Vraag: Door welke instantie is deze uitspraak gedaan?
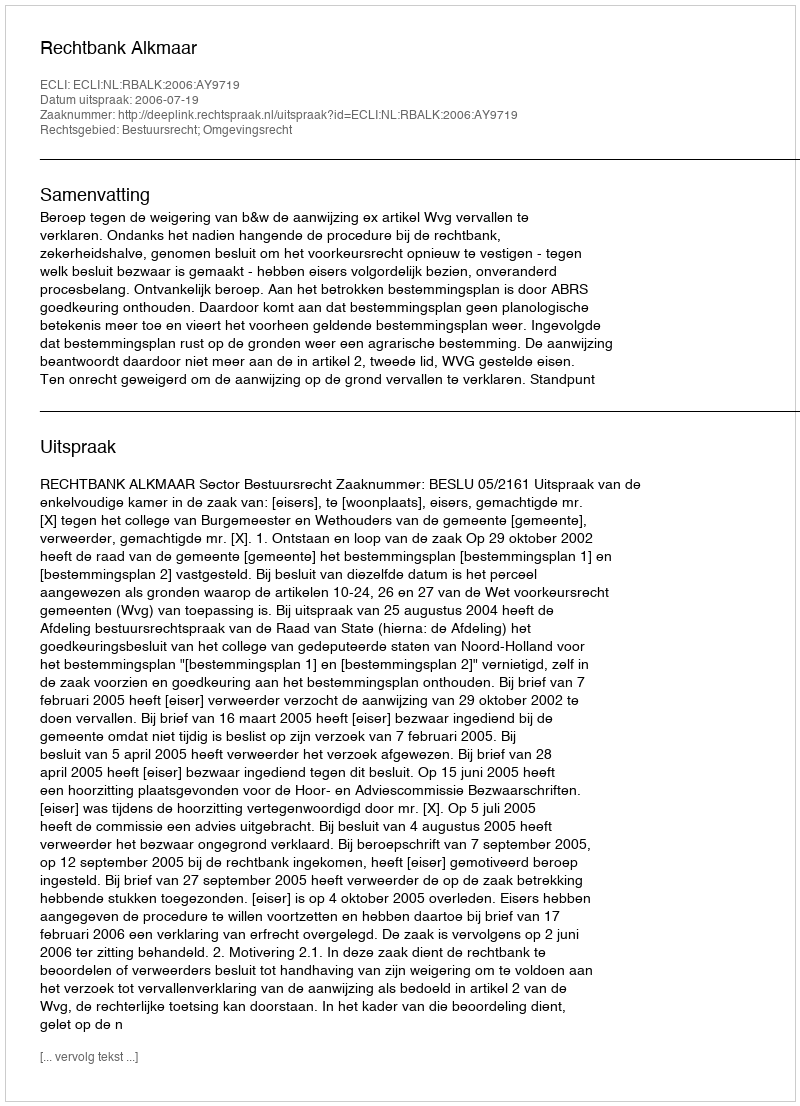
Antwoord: Rechtbank Alkmaar